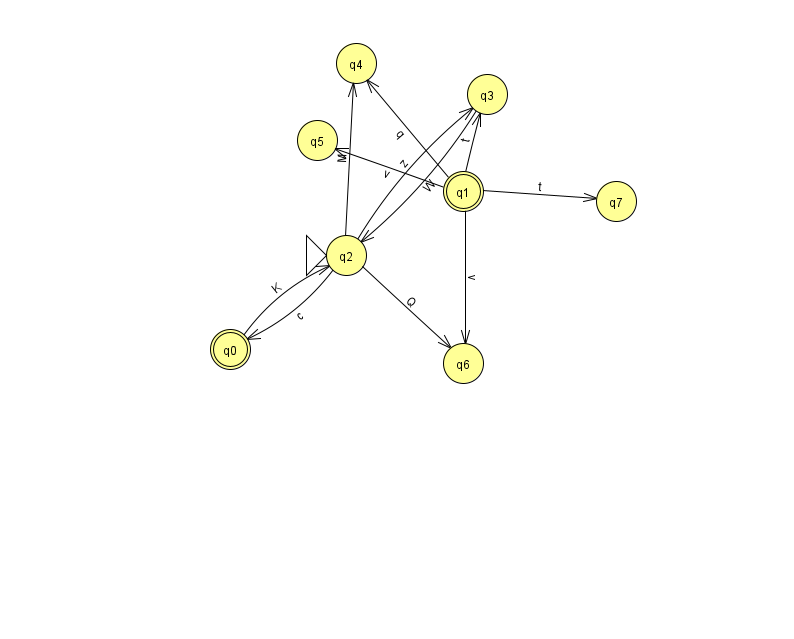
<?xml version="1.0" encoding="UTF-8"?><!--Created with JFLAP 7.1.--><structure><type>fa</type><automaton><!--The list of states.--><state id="0" name="q0"><x>230.0</x><y>336.0</y><final/></state><state id="1" name="q1"><x>463.0</x><y>178.0</y><final/></state><state id="2" name="q2"><x>346.0</x><y>242.0</y><initial/></state><state id="3" name="q3"><x>487.0</x><y>81.0</y></state><state id="4" name="q4"><x>356.0</x><y>50.0</y></state><state id="5" name="q5"><x>317.0</x><y>127.0</y></state><state id="6" name="q6"><x>463.0</x><y>350.0</y></state><state id="7" name="q7"><x>616.0</x><y>188.0</y></state><!--The list of transitions.--><transition><from>2</from><to>4</to><read>M</read></transition><transition><from>2</from><to>6</to><read>Q</read></transition><transition><from>3</from><to>2</to><read>W</read></transition><transition><from>0</from><to>2</to><read>K</read></transition><transition><from>1</from><to>4</to><read>q</read></transition><transition><from>1</from><to>5</to><read>v</read></transition><transition><from>1</from><to>3</to><read>t</read></transition><transition><from>2</from><to>0</to><read>c</read></transition><transition><from>1</from><to>6</to><read>v</read></transition><transition><from>1</from><to>7</to><read>t</read></transition><transition><from>2</from><to>3</to><read>z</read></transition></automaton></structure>